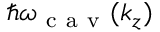
\hslash \omega _ { \mathrm { ~ c ~ a ~ v ~ } } ( k _ { z } )